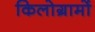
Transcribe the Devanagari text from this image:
किलोग्रामों